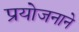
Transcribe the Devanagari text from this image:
प्रयोजनाने